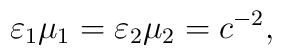
\varepsilon_1\mu_1=\varepsilon_2\mu_2=c^{-2},